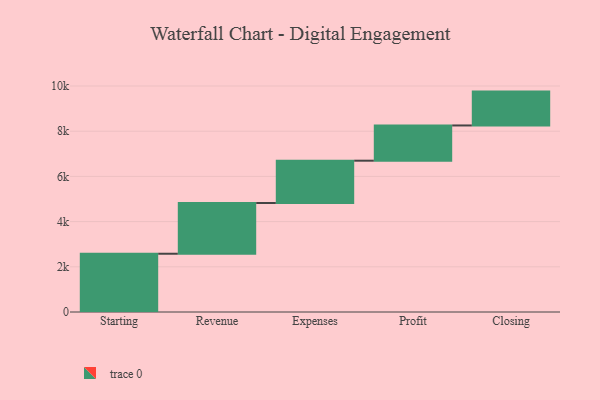
{"axis": {"x": "Step", "y": "Value"}, "legend": [""], "data": [{"x": "Starting", "y": 2578.0, "type": ""}, {"x": "Revenue", "y": 2245.0, "type": ""}, {"x": "Expenses", "y": 1872.0, "type": ""}, {"x": "Profit", "y": 1559.0, "type": ""}, {"x": "Closing", "y": 1498.0, "type": ""}]}